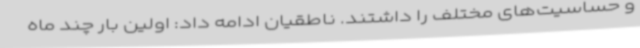
و حساسیت‌های مختلف را داشتند. ناطقیان ادامه داد: اولین بار چند ماه